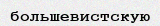
большевистскую